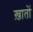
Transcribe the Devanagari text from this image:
ख़ातों